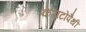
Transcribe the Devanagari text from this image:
केराटोपैथी